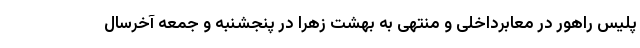
پلیس راهور در معابرداخلی و منتهی به بهشت زهرا در پنجشنبه و جمعه آخرسال